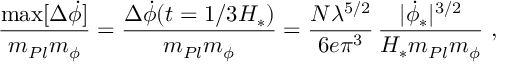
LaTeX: \frac { \mathrm { m a x } [ \Delta \dot { \phi } ] } { m _ { P l } m _ { \phi } } = \frac { \Delta \dot { \phi } ( t = 1 / 3 H _ { * } ) } { m _ { P l } m _ { \phi } } = \frac { N \lambda ^ { 5 / 2 } } { 6 e \pi ^ { 3 } } \, \frac { | \dot { \phi } _ { * } | ^ { 3 / 2 } } { H _ { * } m _ { P l } m _ { \phi } } \ ,